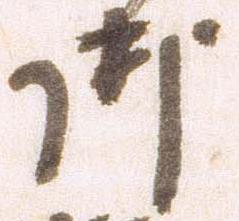
御